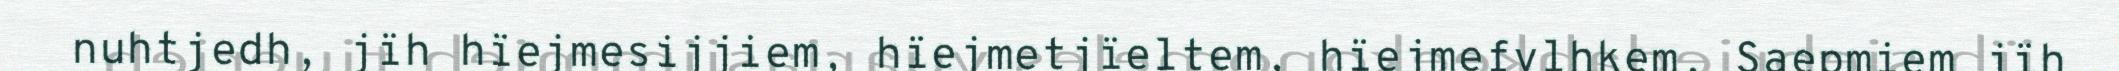
nuhtjedh, jïh hïejmesijjiem, hïejmetjïeltem, hïejmefylhkem, Saepmiem jïh